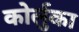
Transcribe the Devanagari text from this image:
कोर्लुका